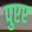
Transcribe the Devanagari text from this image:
पुएर